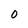
Character: 0